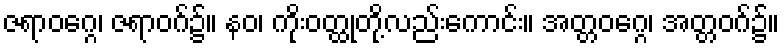
ဇရာဝဂ္ဂေ၊ ဇရာဝဂ်၌။ နဝ၊ ကိုးဝတ္ထုတို့လည်းကောင်း။ အတ္တဝဂ္ဂေ၊ အတ္တဝဂ်၌။